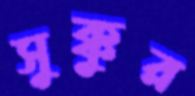
সুক্কুর